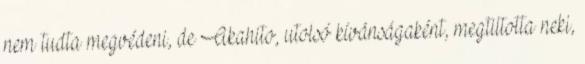
nem tudta megvédeni, de Akahito, utolsó kívánságaként, megtiltotta neki,